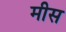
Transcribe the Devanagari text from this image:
मीस